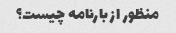
منظور از بارنامه چیست؟